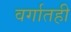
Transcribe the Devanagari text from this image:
वर्गातही